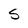
Character: S